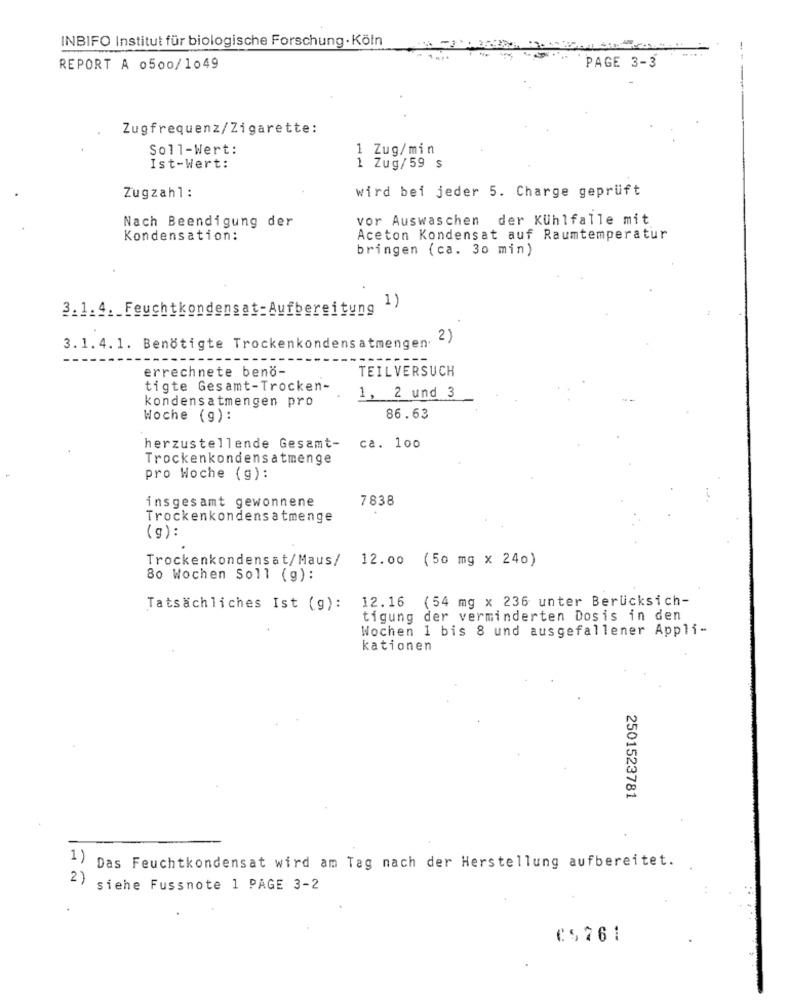
INBIFO Institut für biologische Forschung · Köln
-
REPORT A 0500/1049
PAGE 3-3
Zugfrequenz/Zigarette:
Soll-Wert:
1 Zug/min
Ist-Wert:
1 Zug/59 $
Zugzahl:
wird bei jeder 5. Charge geprüft
Nach Beendigung der
vor Auswaschen der Kühlfalle mit
Kondensation:
Aceton Kondensat auf Raumtemperatur
bringen (ca. 30 min)
3.1.4. Feuchtkondensat-Aufbereitung
( 1)
2)
3.1. 4. 1. Benötigte Trockenkondensatmengen.
errechnete beno-
TEILVERSUCH
tigte Gesamt-Trocken-
kondensatmengen pro
1, 2 und 3
Woche (g):
86.63
herzustellende Gesamt-
ca. 100
Trockenkondensatmenge
pro Woche (g):
insgesamt gewonnene
7838
Trockenkondensatmenge
(g):
Trockenkondensat/Maus/
12.00 (50 mg × 24o)
80 Wochen Soll (g) :
Tatsächliches Ist (g): 12.16 (54 mg x 236 unter Berücksich-
tigung der verminderten Dosis in den
Wochen 1 bis 8 und ausgefallener Appli-
kationen
2501523781
1)
Das Feuchtkondensat wird am Tag nach der Herstellung aufbereitet.
2) siehe Fussnote 1 PAGE 3-2
25761